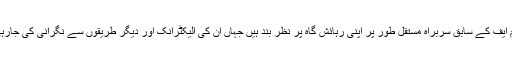
آئی ایم ایف کے سابق سربراہ مستقل طور پر اپنی رہائش گاہ پر نظر بند ہیں جہاں ان کی الیکٹرانک اور دیگر طریقوں سے نگرانی کی جارہی ہے۔